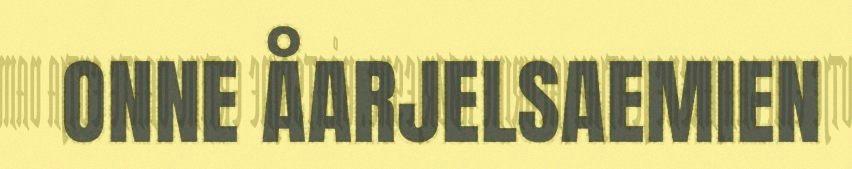
ONNE ÅARJELSAEMIEN